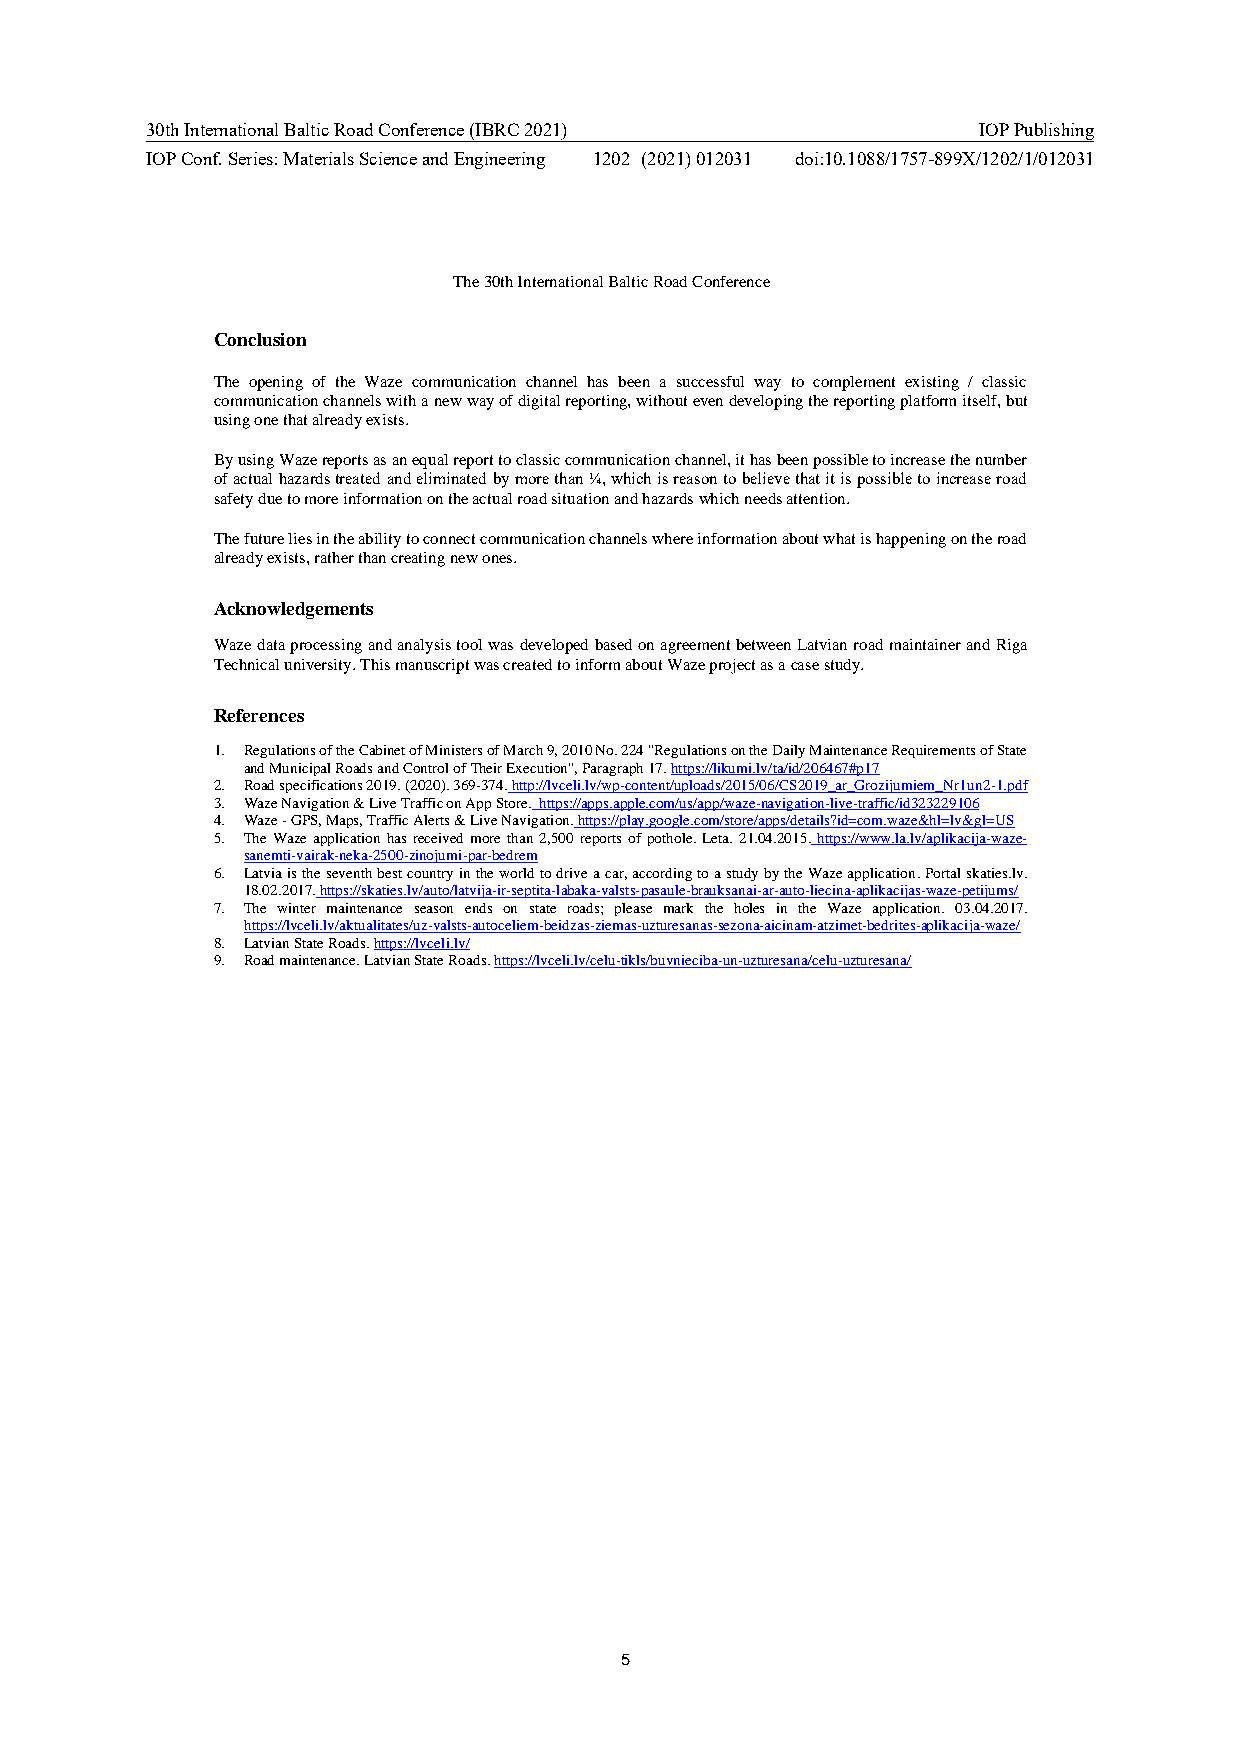
30th International Baltic Road Conference (IBRC 2021)  IOP Publishing
 IOP Conf. Series: Materials Science and Engineering 1202 (2021) 012031 doi:10.1088/1757-899X/1202/1/012031
 The 30th International Baltic Road Conference
 Conclusion
 The opening of the Waze communication channel has been a successful way to complement existing / classic
 communication channels with a new way of digital reporting, without even developing the reporting platform itself, but
 using one that already exists.
 By using Waze reports as an equal report to classic communication channel, it has been possible to increase the number
 of actual hazards treated and eliminated by more than ¼, which is reason to believe that it is possible to increase road
 safety due to more information on the actual road situation and hazards which needs attention.
 The future lies in the ability to connect communication channels where information about what is happening on the road
 already exists, rather than creating new ones.
 Acknowledgements
 Waze data processing and analysis tool was developed based on agreement between Latvian road maintainer and Riga
 Technical university. This manuscript was created to inform about Waze project as a case study.
 References
 1. Regulations of the Cabinet of Ministers of March 9, 2010 No. 224 "Regulations on the Daily Maintenance Requirements of State
 and Municipal Roads and Control of Their Execution", Paragraph 17. https://likumi.lv/ta/id/206467#p17
 2. Road specifications 2019. (2020). 369-374. http://lvceli.lv/wp-content/uploads/2015/06/CS2019_ar_Grozijumiem_Nr1un2-1.pdf
 3. Waze Navigation & Live Traffic on App Store. https://apps.apple.com/us/app/waze-navigation-live-traffic/id323229106
 4. Waze - GPS, Maps, Traffic Alerts & Live Navigation. https://play.google.com/store/apps/details?id=com.waze&hl=lv&gl=US
 5. The Waze application has received more than 2,500 reports of pothole. Leta. 21.04.2015. https://www.la.lv/aplikacija-waze-
 sanemti-vairak-neka-2500-zinojumi-par-bedrem
 6. Latvia is the seventh best country in the world to drive a car, according to a study by the Waze application. Portal skaties.lv.
 18.02.2017. https://skaties.lv/auto/latvija-ir-septita-labaka-valsts-pasaule-brauksanai-ar-auto-liecina-aplikacijas-waze-petijums/
 7. The winter maintenance season ends on state roads; please mark the holes in the Waze application. 03.04.2017.
 https://lvceli.lv/aktualitates/uz-valsts-autoceliem-beidzas-ziemas-uzturesanas-sezona-aicinam-atzimet-bedrites-aplikacija-waze/
 8. Latvian State Roads. https://lvceli.lv/
 9. Road maintenance. Latvian State Roads. https://lvceli.lv/celu-tikls/buvnieciba-un-uzturesana/celu-uzturesana/
 5